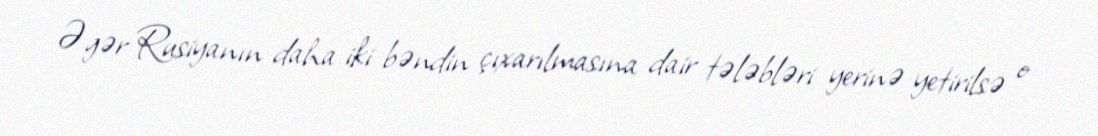
Əgər Rusiyanın daha iki bəndin çıxarılmasına dair tələbləri yerinə yetirilsə o